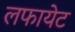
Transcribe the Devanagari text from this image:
लफायेट